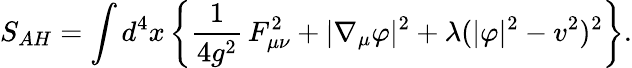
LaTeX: S_{AH}=\int d^{4}x\left\{ \frac 1{4g^{2}}\, F_{\mu\nu}^{2}+|\nabla_{\mu}\varphi|^{2}+\lambda(|\varphi|^{2}-v^{2})^{2}\right\} .